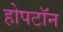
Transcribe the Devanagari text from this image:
होपटॉन